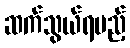
ဆက်သွယ်ရမည့်